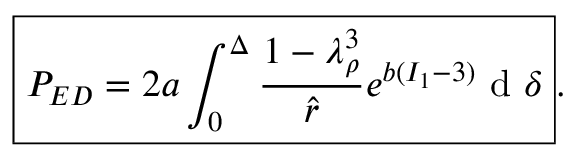
\begin{array} { r } { \boxed { P _ { E D } = 2 a \int _ { 0 } ^ { \Delta } \frac { 1 - \lambda _ { \rho } ^ { 3 } } { \hat { r } } e ^ { b ( I _ { 1 } - 3 ) } \mathrm { ~ d ~ } \delta } . } \end{array}